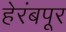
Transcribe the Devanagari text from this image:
हेरंबपूर